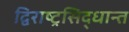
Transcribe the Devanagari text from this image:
द्विराष्ट्रसिद्धान्त